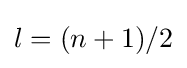
l=(n+1)/2